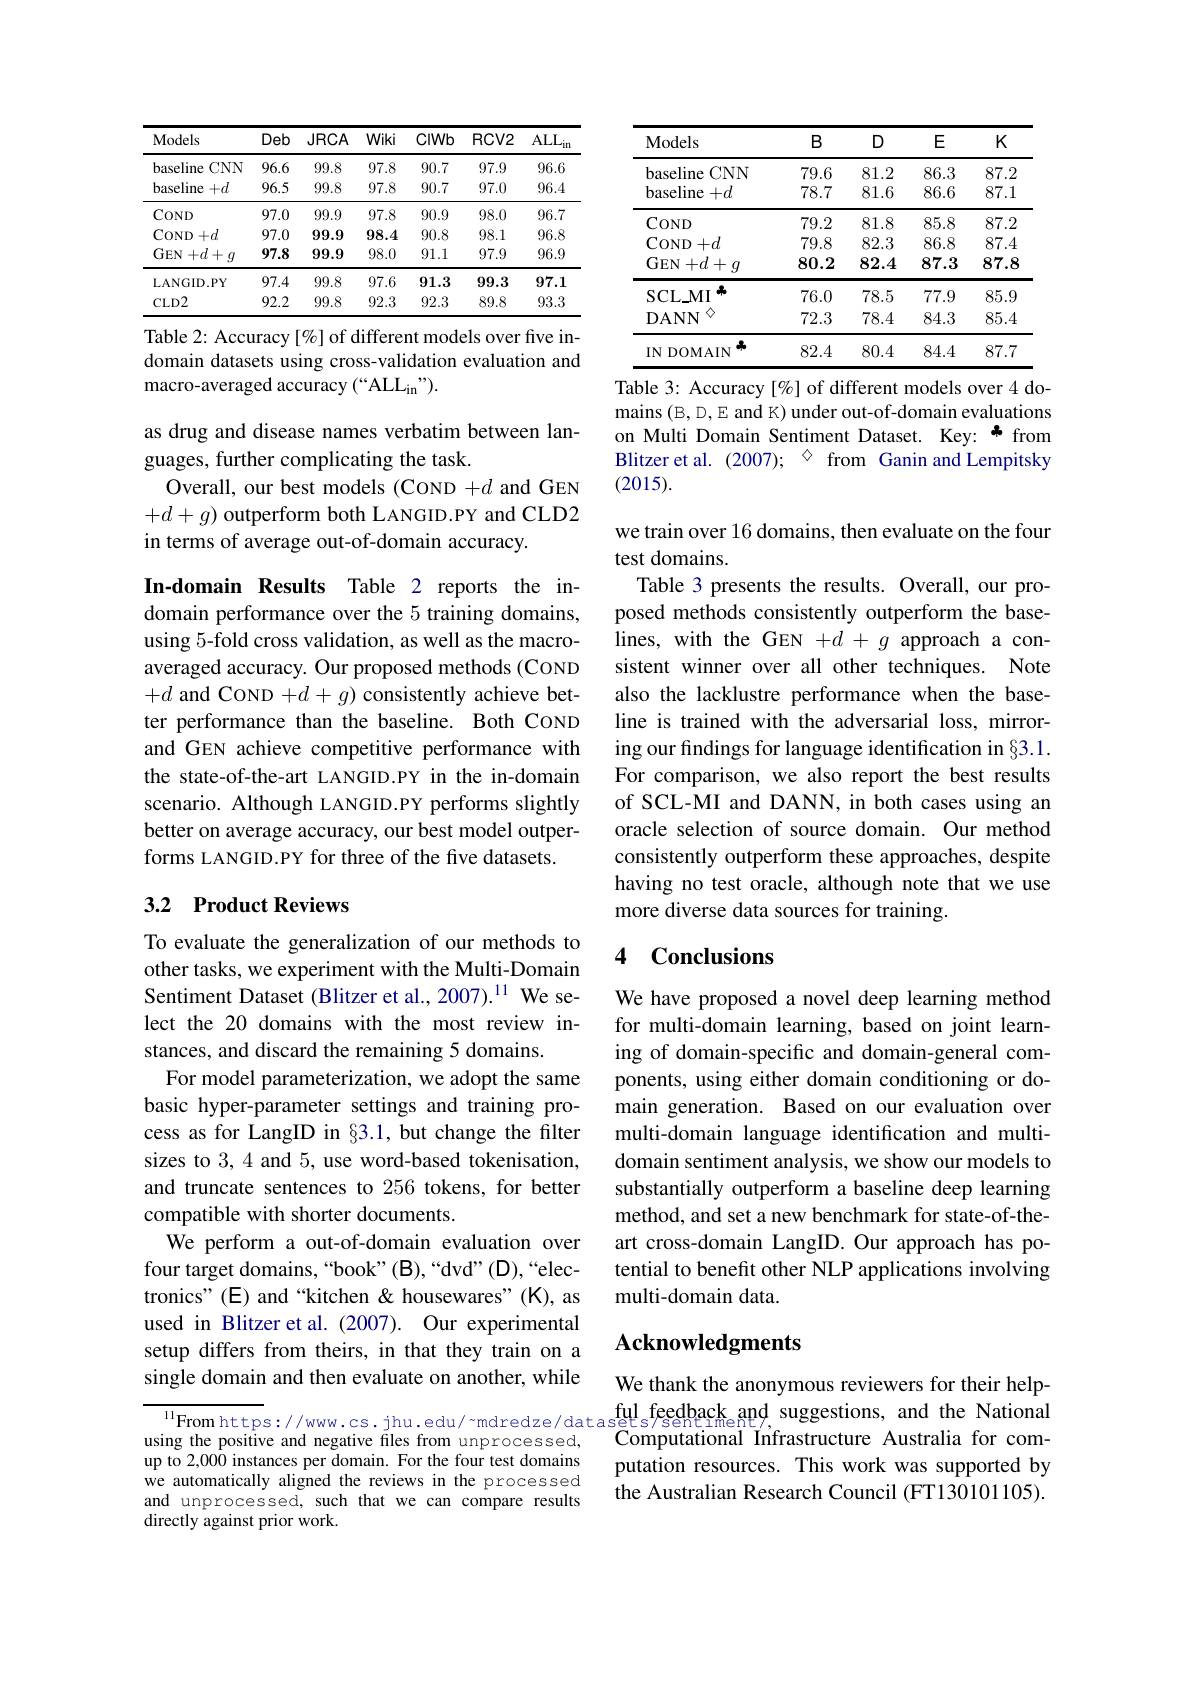
<table>
	<tbody>
		<tr>
			<th>Models</th>
			<th>Deb</th>
			<th>$JRCA$</th>
			<th>Wiki</th>
			<th>CIWb</th>
			<th>$RCV2$</th>
			<th>$\mathrm{ALL}_{\mathrm{in}}$</th>
		</tr>
		<tr>
			<td>baseline $CNN$</td>
			<td>96.6</td>
			<td>99.8</td>
			<td>97.8</td>
			<td>90.7</td>
			<td>97.9</td>
			<td>96.6</td>
		</tr>
		<tr>
			<td>baseline $+d$</td>
			<td>96.5</td>
			<td>99.8</td>
			<td>97.8</td>
			<td>90.7</td>
			<td>97.0</td>
			<td>96.4</td>
		</tr>
		<tr>
			<td>$COND$</td>
			<td>97.0</td>
			<td>99.9</td>
			<td>97.8</td>
			<td>90.9</td>
			<td>98.0</td>
			<td>96.7</td>
		</tr>
		<tr>
			<td>COND $+d$</td>
			<td>97.0</td>
			<td>99.9</td>
			<td>98.4</td>
			<td>90.8</td>
			<td>98.1</td>
			<td>96.8</td>
		</tr>
		<tr>
			<td>$GEN-$ $+d+g$</td>
			<td>97.8</td>
			<td>99.9</td>
			<td>98.0</td>
			<td>91.1</td>
			<td>97.9</td>
			<td>96.9</td>
		</tr>
		<tr>
			<td>LANGID. PY</td>
			<td>97.4</td>
			<td>99.8</td>
			<td>97.6</td>
			<td>91.3</td>
			<td>99.3</td>
			<td>97.1</td>
		</tr>
		<tr>
			<td>$CLD2$</td>
			<td>92.2</td>
			<td>99.8</td>
			<td>92.3</td>
			<td>92.3</td>
			<td>89.8</td>
			<td>93.3</td>
		</tr>
	</tbody>
</table>
Table 2: Accuracy [%] of different models over five in-

domain datasets using cross-validation evaluation and
macro-averaged accuracy (“ALLin”).

as drug and disease names verbatim between lan-
guages, further complicating the task.
Overall, our best models (COND $+d$ and GEN $+d+g)$ outperform both LANGID.PY and CLD2 in terms of average out-of-domain accuracy.

In-domain Results Table 2 reports the indomain performance over the 5 training domains, using 5-fold cross validation, as well as the macroaveraged accuracy. Our proposed methods (COND $+d$ and COND $+d+g)$ consistently achieve better performance than the baseline. Both COND and GEN achieve competitive performance with the state-of-the-art LANGID.PY in the in-domain scenario. Although LANGID.PY performs slightly better on average accuracy, our best model outperforms LANGID.PY for three of the five datasets.

# 3.2 Product Reviews

To evaluate the generalization of our methods to other tasks, we experiment with the Multi-Domain Sentiment Dataset (Blitzer et al., 2007).$^{11}$ We select the 20 domains with the most review instances, and discard the remaining 5 domains.
For model parameterization, we adopt the same basic hyper-parameter settings and training process as for LangID in §3.1, but change the filter sizes to 3,4 and 5, use word-based tokenisation, and truncate sentences to 256 tokens, for better compatible with shorter documents.
We perform a out-of-domain evaluation over four target domains,“book”(B),“dvd”(D),“electronics" (E) and “kitchen & housewares" (K), as used in Blitzer et al.(2007). Our experimental setup differs from theirs, in that they train on a single domain and then evaluate on another, while

using the positive and negative files from unprocessed, up to 2,000 instances per domain. For the four test domains we automatically aligned the reviews in the processed and unprocessed, such that we can compare results directly against prior work.

<table>
	<tbody>
		<tr>
			<th>Models</th>
			<th>$B$</th>
			<th>D</th>
			<th>E</th>
			<th>$K$</th>
		</tr>
		<tr>
			<td>baseline $CNN$</td>
			<td>79.6</td>
			<td>81.2</td>
			<td>86.3</td>
			<td>87.2</td>
		</tr>
		<tr>
			<td>baseline $+d$</td>
			<td>78.7</td>
			<td>81.6</td>
			<td>86.6</td>
			<td>87.1</td>
		</tr>
		<tr>
			<td>$COND$</td>
			<td>79.2</td>
			<td>81.8</td>
			<td>85.8</td>
			<td>87.2</td>
		</tr>
		<tr>
			<td>COND$+ d$</td>
			<td>79.8</td>
			<td>82.3</td>
			<td>86.8</td>
			<td>87.4</td>
		</tr>
		<tr>
			<td>$+d+g$ $\mathbf{GEN}-$</td>
			<td>80.2</td>
			<td>82.4</td>
			<td>87.3</td>
			<td>87.8</td>
		</tr>
		<tr>
			<td>名 SCLMI</td>
			<td>76.0</td>
			<td>78.5</td>
			<td>77.9</td>
			<td>85.9</td>
		</tr>
		<tr>
			<td>DANN 1</td>
			<td>72.3</td>
			<td>78.4</td>
			<td>84.3</td>
			<td>85.4</td>
		</tr>
		<tr>
			<td>IN DOMAIN</td>
			<td>82.4</td>
			<td>80.4</td>
			<td>84.4</td>
			<td>87.7</td>
		</tr>
	</tbody>
</table>
Table 3: Accuracy [%] of different models over 4 do-

mains (B,D,E and K) under out-of-domain evaluations on Multi Domain Sentiment Dataset. Key: " from Blitzer et al. (2007); ◇ from Ganin and Lempitsky (2015).

we train over 16 domains, then evaluate on the four
test domains.
Table 3 presents the results. Overall, our proposed methods consistently outperform the baselines, with the GEN $+d+g$ approach a consistent winner over all other techniques. Note also the lacklustre performance when the baseline is trained with the adversarial loss, mirroring our findings for language identification in §3.1. For comparison, we also report the best results of SCL-MI and DANN, in both cases using an oracle selection of source domain. Our method consistently outperform these approaches, despite having no test oracle, although note that we use more diverse data sources for training.

# 4 Conclusions

We have proposed a novel deep learning method for multi-domain learning, based on joint learning of domain-specific and domain-general components, using either domain conditioning or domain generation. Based on our evaluation over multi-domain language identification and multidomain sentiment analysis, we show our models to substantially outperform a baseline deep learning method, and set a new benchmark for state-of-theart cross-domain LangID.Our approach has potential to benefit other NLP applications involving multi-domain data.

## $\mathbf{Acknowledgments}$

We thank the anonymous reviewers for their help-
$^{\text{ll}}$From https://www.cs.jhu.edu/"mdredze/datasgts/sentimenty, suggestions, and the National
Computational Infrastructure Australia for computation resources. This work was supported by the Australian Research Council (FT130101105).